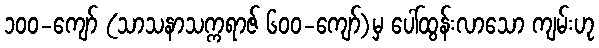
၁၀၀-ကျော် (သာသနာသက္ကရာဇ် ၆၀၀-ကျော်)မှ ပေါ်ထွန်းလာသော ကျမ်းဟု